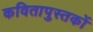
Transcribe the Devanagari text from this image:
कवितापुस्तकों